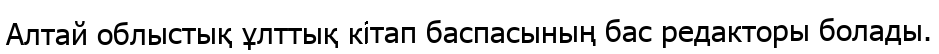
Алтай облыстық ұлттық кітап баспасының бас редакторы болады.